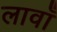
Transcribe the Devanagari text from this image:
लावाँ